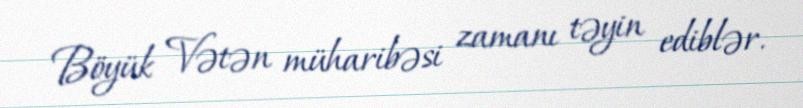
Böyük Vətən müharibəsi zamanı təyin ediblər.